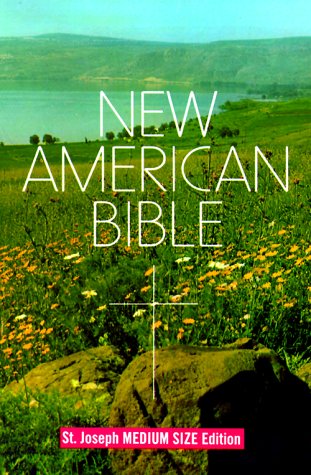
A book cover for New American Bible, St. Joseph Medium Size Edition; National Conference of Catholic Bishops; Christian Books & Bibles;